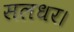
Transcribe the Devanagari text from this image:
सलधर।